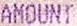
AMOUNT